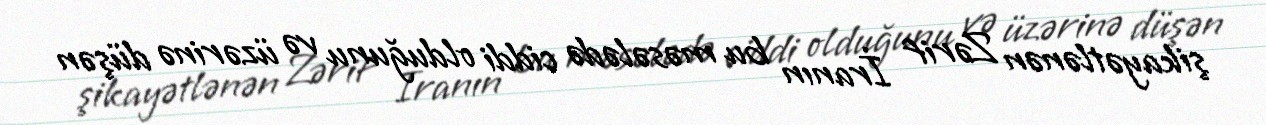
şikayətlənən Zərif İranın bu məsələdə ciddi olduğunu və üzərinə düşən